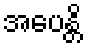
အပေန္တိ